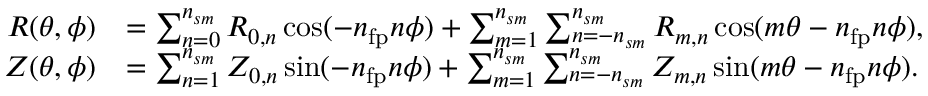
\begin{array} { r l } { R ( \theta , \phi ) } & { = \sum _ { n = 0 } ^ { { n _ { s m } } } R _ { 0 , n } \cos ( - n _ { \mathrm { f p } } n \phi ) + \sum _ { m = 1 } ^ { { n _ { s m } } } \sum _ { n = - { n _ { s m } } } ^ { { n _ { s m } } } R _ { m , n } \cos ( m \theta - n _ { \mathrm { f p } } n \phi ) , } \\ { Z ( \theta , \phi ) } & { = \sum _ { n = 1 } ^ { { n _ { s m } } } Z _ { 0 , n } \sin ( - n _ { \mathrm { f p } } n \phi ) + \sum _ { m = 1 } ^ { { n _ { s m } } } \sum _ { n = - { n _ { s m } } } ^ { { n _ { s m } } } Z _ { m , n } \sin ( m \theta - n _ { \mathrm { f p } } n \phi ) . } \end{array}